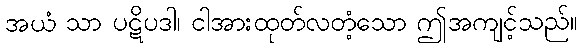
အယံ သာ ပဋိပဒါ၊ ငါအားထုတ်လတံ့သော ဤအကျင့်သည်။